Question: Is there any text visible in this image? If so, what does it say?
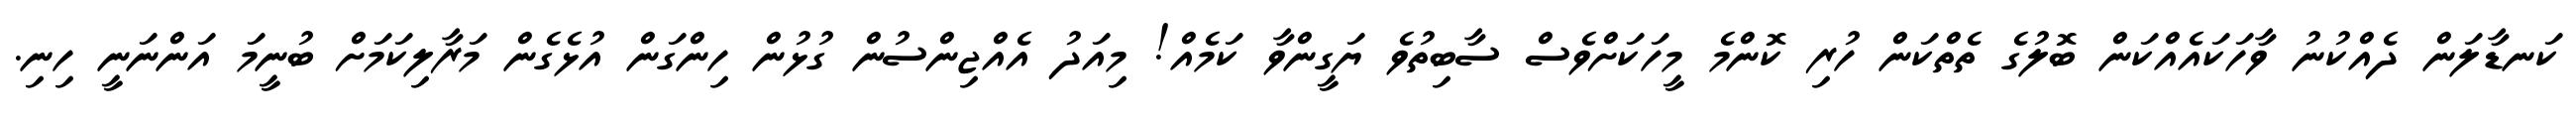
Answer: ކަނޑާލަން ދެއްކުނު ވާހަކައެއްކަން ބޮލުގެ ތެތްކަން ހުރި ކޮންމެ މީހަކަށްވެސް ސާބިތުވެ ޔަގީންވާ ކަމެއް! މިއަދު އެއްޖިންސުން ގުޅުން ހިންގަން އުޅެގެން މަރާލިކަމަށް ބުނީމަ އަންނަނީ ހިނި.